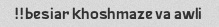
besiar khoshmaze va awli!!